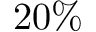
2 0 \%